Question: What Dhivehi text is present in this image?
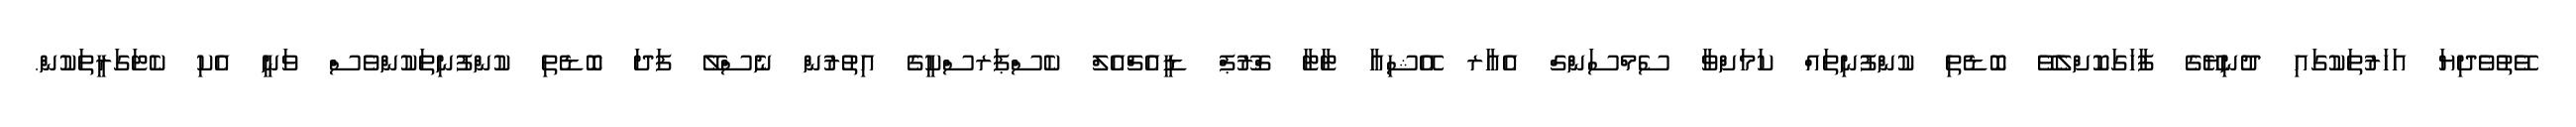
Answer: ވޭތުވެދިޔަ އަހަރުތަކުގައި ދުނިޔޭގެ ފާހަގަކޮށްލެވޭ ބޮޑެތި ކުންފުނިތައް ކަމަށްވާ ސެމްސަންގް އެއާރ އޭޝިއާ ޓާޓާ ގްރޫޕް ޑީއެޗްއެލް ކެސްޕަރސްކީގެ އިތުރުން ނެސްލޭ ފަދަ ބޮޑެތި ކުންފުނިތަކުންވެސް ވަނީ އެކި ކެޓަގަރީތަކުން.